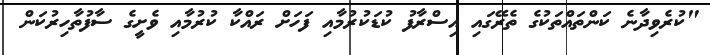
"ކުރެވިދާނެ ކަންތައްތަކުގެ ތެރޭގައި އިސްރާފު ކުޑަކުރުމާއި ފަހަށް ރައްކާ ކުރުމާއި ވެށީގެ ސާފުތާހިރުކަން